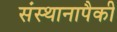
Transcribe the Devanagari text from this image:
संस्थानापैकी